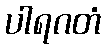
ပါရဂတံ